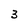
Character: 3